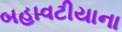
બહાવટીયાના